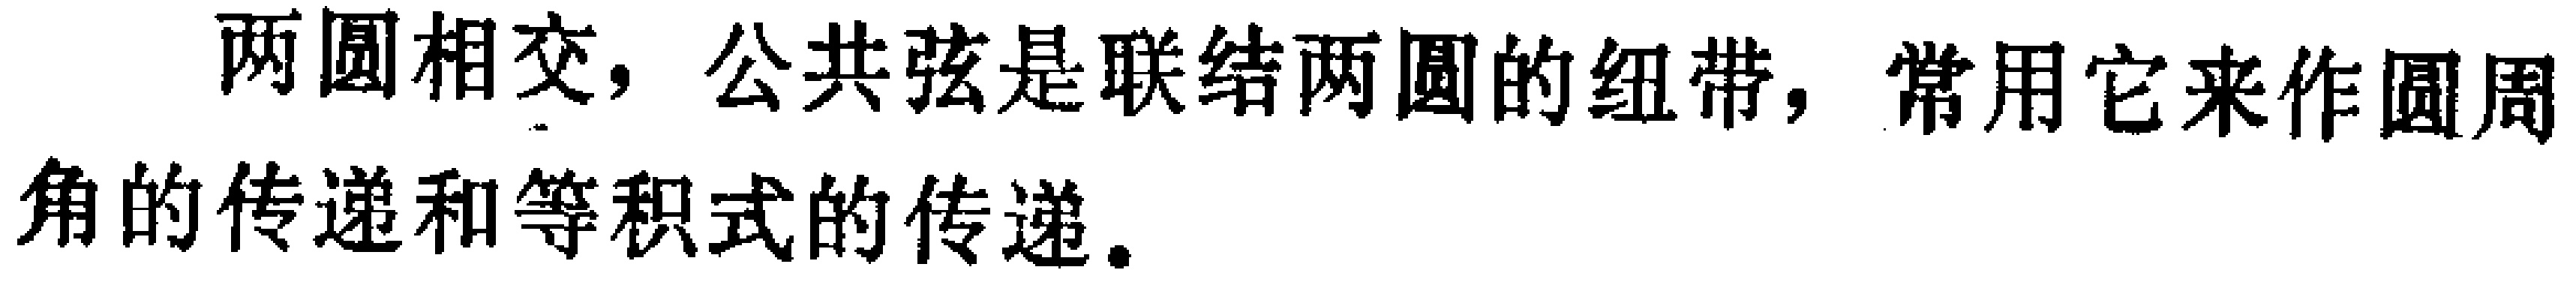
两圆相交，公共弦是联结两圆的纽带，常用它来作圆周角的传递和等积式的传递。